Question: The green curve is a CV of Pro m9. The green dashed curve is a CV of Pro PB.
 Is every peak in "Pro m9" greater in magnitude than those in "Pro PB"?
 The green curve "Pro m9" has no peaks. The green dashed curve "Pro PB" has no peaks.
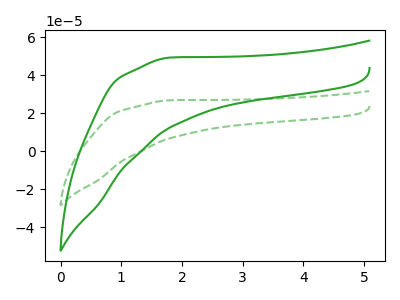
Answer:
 <answer>Niether CV has any peaks.</answer>
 <eval>blanks</eval>